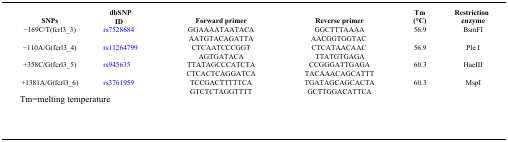
<table><thead><tr><td><b>SNPs</b></td><td><b>dbSNP ID</b></td><td><b>Forward primer</b></td><td><b>Reverse primer</b></td><td><b>Tm (°C)</b></td><td><b>Restriction enzyme</b></td></tr></thead><tbody><tr><td>−169C/T(fcrl3_3)</td><td>rs7528684</td><td>GGAAAATAATACA AATGTACAGATTA</td><td>GGCTTTAAAA AACGGTGGTAC</td><td>56.9</td><td>BsmFI</td></tr><tr><td>−110A/G(fcrl3_4)</td><td>rs11264799</td><td>CTCAATCCCGGT AGTGATACA</td><td>CTCATAACAAC TTATGTGAGA</td><td>56.9</td><td>Ple I</td></tr><tr><td>+358C/G(fcrl3_5)</td><td>rs945635</td><td>TTATAGCCCATCTA CTCACTCAGGATCA</td><td>CCGGGATTGAGA TACAAACAGCATTT</td><td>60.3</td><td>HaeIII</td></tr><tr><td>+1381A/G(fcrl3_6)</td><td>rs3761959</td><td>TCCGACTTTTTCA GTCTCTAGGTTTT</td><td>TGATAGCAGCACTA GCTTGGACATTCA</td><td>60.3</td><td>MspI</td></tr></tbody></table>